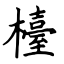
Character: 檯